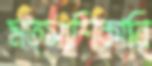
মত্স্যশিকারি